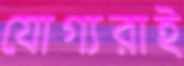
যোগ্যরাই